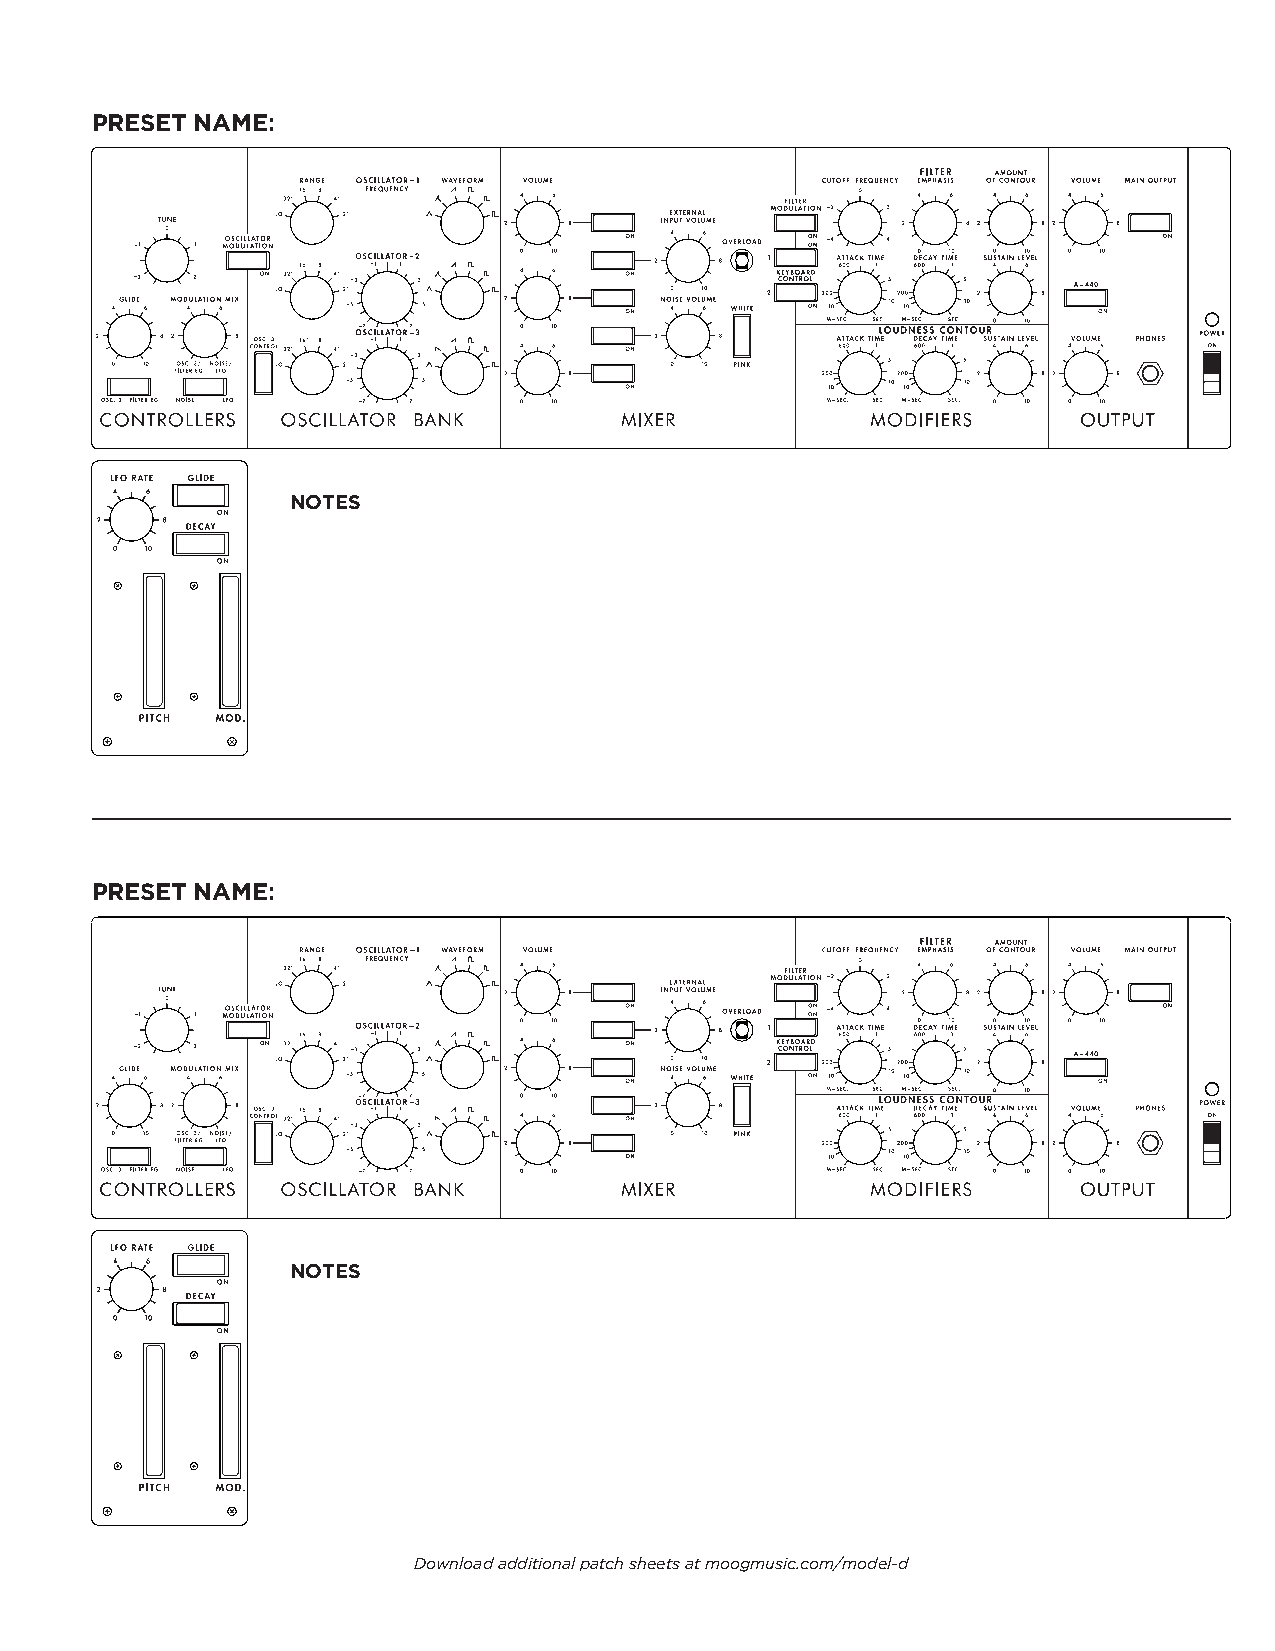
PRESET NAME:
 10                    5   0    0
 0                                 0
 0         10                    5   0    0
 0    0                               0
 0         10                    0   0    10
 NOTES
 PRESET NAME:
 10                    5   0    0
 0                                 0
 0         10                    5   0    0
 0    0                               0
 0         10                    0   0    10
 NOTES
 Download additional patch sheets at moogmusic.com/model-d